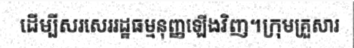
ដើម្បីសរសេររដ្ឋធម្មនុញ្ញឡើងវិញ។ក្រុមគ្រួសារ